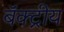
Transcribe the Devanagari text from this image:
बॅक्ट्रीय